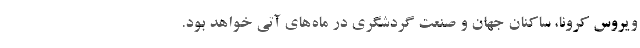
ویروس کرونا، ساکنان جهان و صنعت گردشگری در ماه‌های آتی خواهد بود.